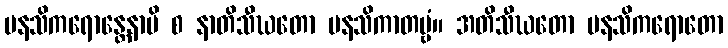
မနသိကရောန္တေနာပိ စ နာတိသီဃတော မနသိကာတဗ္ဗံ။ အတိသီဃတော မနသိကရောတော